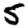
Digit: 5